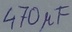
Text: 470µF